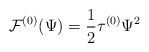
\begin{align*}{\cal F}^{(0)}(\Psi)=\frac {1}{2} \tau^{(0)} \Psi ^{2}\end{align*}